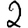
Digit: 2